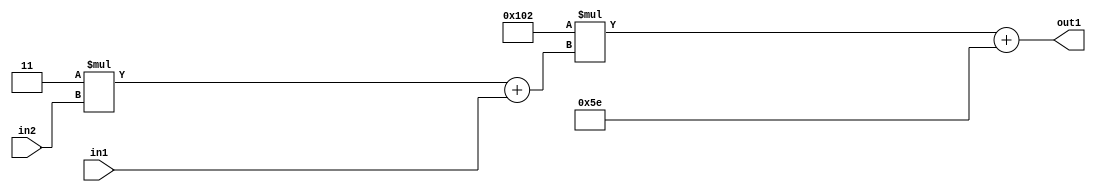
`timescale 1ps / 1ps
/*****************************************************************************
    Verilog RTL Description
    
    
    Created by: Stratus DpOpt 2019.1.01 
*******************************************************************************/

module DC_Filter_Add2i94Mul2i258Add2u1Mul2i3u2_4 (
	in2,
	in1,
	out1
	); /* architecture "behavioural" */ 
input [1:0] in2;
input  in1;
output [11:0] out1;
wire [11:0] asc001;
wire [3:0] asc002;

wire [3:0] asc002_tmp_0;
assign asc002_tmp_0 = 
	+(4'B0011 * in2);
assign asc002 = asc002_tmp_0
	+(in1);

wire [11:0] asc001_tmp_1;
assign asc001_tmp_1 = 
	+(12'B000100000010 * asc002);
assign asc001 = asc001_tmp_1
	+(12'B000001011110);

assign out1 = asc001;
endmodule

/* CADENCE  v7b4TQ0= : u9/ySgnWtBlWxVPRXgAZ4Og= ** DO NOT EDIT THIS LINE ******/